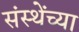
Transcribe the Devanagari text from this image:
संस्थेंच्या